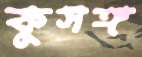
কুসঙ্গ